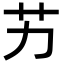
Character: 艻